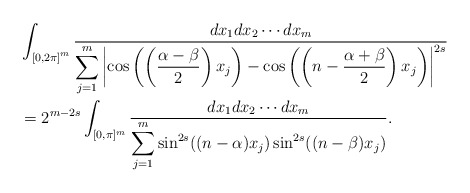
\begin{align*}&\int_{{[0,2\pi]}^m}\frac{dx_1dx_2\cdots dx_m}{\displaystyle\sum_{j=1}^{m}\left|\cos\left(\left(\frac{\alpha-\beta}{2}\right)x_j\right)-\cos \left(\left(n-\frac{\alpha+\beta}{2}\right)x_j\right)\right|^{2s}}\\& =2^{m-2s}\int_{[0,\pi]^m}\frac{dx_1dx_2\cdots dx_m}{\displaystyle\sum_{j=1}^m\sin^{2s}((n-\alpha) x_j)\sin^{2s}((n-\beta) x_j)}.\end{align*}